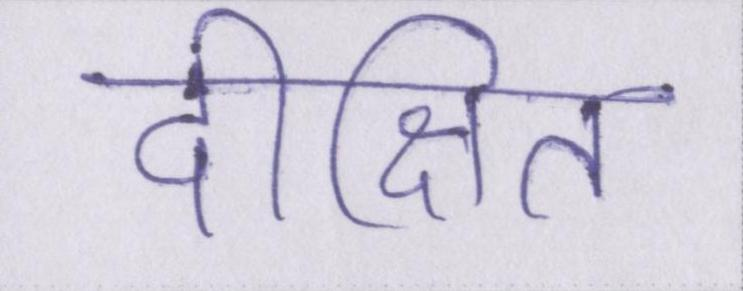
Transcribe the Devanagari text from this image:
दीक्षित